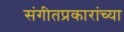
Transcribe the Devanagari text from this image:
संगीतप्रकारांच्या